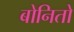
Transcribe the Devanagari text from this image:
बोनितो